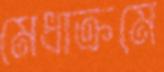
মেধাক্রমে